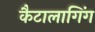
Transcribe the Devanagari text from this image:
कैटालागिंग